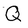
Character: Q